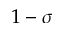
1 - \sigma